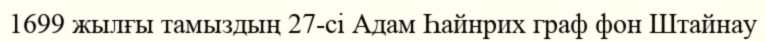
1699 жылғы тамыздың 27-сі Адам Һайнрих граф фон Штайнау